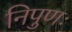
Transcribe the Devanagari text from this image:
निपुणः